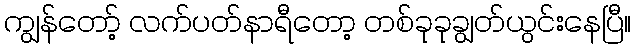
ကျွန်တော့် လက်ပတ်နာရီတော့ တစ်ခုခုချွတ်ယွင်းနေပြီ။